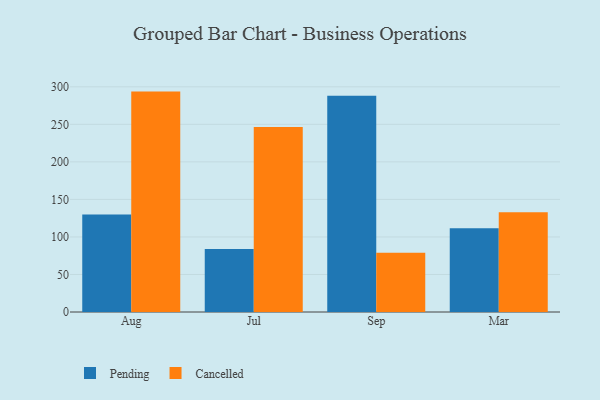
{"axis": {"x": "Month", "y": "Revenue (USD Million)"}, "legend": ["Cancelled", "Pending"], "data": [{"x": "Aug", "y": 130.0, "type": "Pending"}, {"x": "Aug", "y": 293.6, "type": "Cancelled"}, {"x": "Jul", "y": 83.8, "type": "Pending"}, {"x": "Jul", "y": 246.4, "type": "Cancelled"}, {"x": "Sep", "y": 288.2, "type": "Pending"}, {"x": "Sep", "y": 79.0, "type": "Cancelled"}, {"x": "Mar", "y": 111.4, "type": "Pending"}, {"x": "Mar", "y": 132.9, "type": "Cancelled"}]}